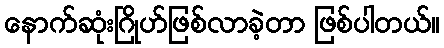
နောက်ဆုံးဂြိုဟ်ဖြစ်လာခဲ့တာ ဖြစ်ပါတယ်။